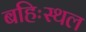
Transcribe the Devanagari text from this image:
बहिःस्थल